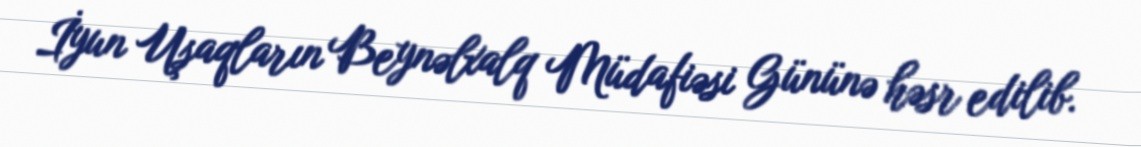
İyun Uşaqların Beynəlxalq Müdafiəsi Gününə həsr edilib.